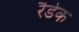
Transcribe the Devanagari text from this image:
रैडेक